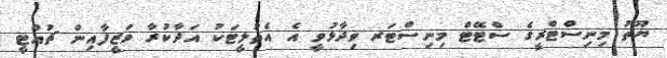
ޔޫތު މިނިސްޓްރީގެ ސްޓޭޓް މިނިސްޓަރ ވިދާޅުވީ އެ އެތުލީޓަކު އަދާކުރާ ވަޒީފާއިން ޗުއްޓީ